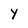
Character: Y